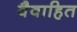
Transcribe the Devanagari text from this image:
वैवाहित